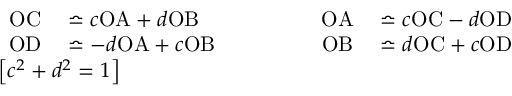
\begin{array} { l } { { \begin{array} { r l r l r l } { \mathrm { O C } } & { { } \bumpeq c \mathrm { O A } + d \mathrm { O B } } & { \qquad } & { { } } & { \mathrm { O A } } & { { } \bumpeq c \mathrm { O C } - d \mathrm { O D } } \\ { \mathrm { O D } } & { { } \bumpeq - d \mathrm { O A } + c \mathrm { O B } } & { } & { { } } & { \mathrm { O B } } & { { } \bumpeq d \mathrm { O C } + c \mathrm { O D } } \end{array} } } \\ { \left[ c ^ { 2 } + d ^ { 2 } = 1 \right] } \end{array}